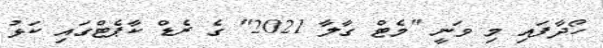
ހޯދާފައި މި ވަނީ "މެޓް ގާލާ 2021" ގެ ރެޑް ކާޕެޓްގައި ކަޅު